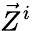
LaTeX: {\vec{Z}}^{i}